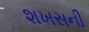
શખસની